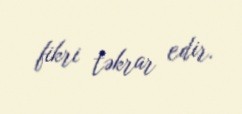
fikri təkrar edir.